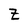
Character: Z